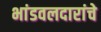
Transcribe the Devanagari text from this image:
भांडवलदारांचे